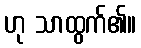
ဟု သာထွက်၏။